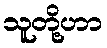
သူတို့ဟာ